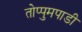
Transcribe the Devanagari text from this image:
तोप्पुमपाडी